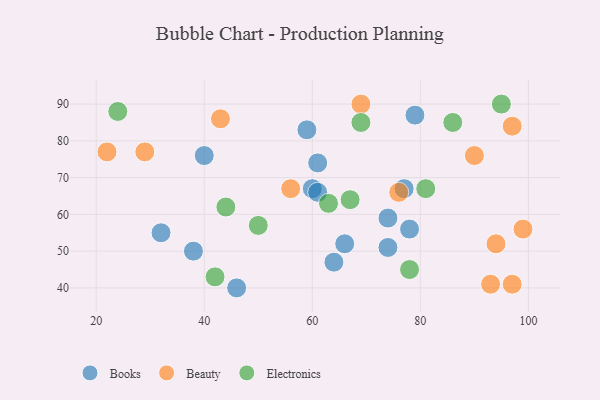
{"axis": {"x": "GDP", "y": "Life Expectancy"}, "legend": ["Beauty", "Books", "Electronics"], "data": [{"x": "60", "y": 67, "type": "Books"}, {"x": "59", "y": 83, "type": "Books"}, {"x": "61", "y": 74, "type": "Books"}, {"x": "38", "y": 50, "type": "Books"}, {"x": "46", "y": 40, "type": "Books"}, {"x": "64", "y": 47, "type": "Books"}, {"x": "74", "y": 59, "type": "Books"}, {"x": "40", "y": 76, "type": "Books"}, {"x": "32", "y": 55, "type": "Books"}, {"x": "66", "y": 52, "type": "Books"}, {"x": "79", "y": 87, "type": "Books"}, {"x": "77", "y": 67, "type": "Books"}, {"x": "61", "y": 66, "type": "Books"}, {"x": "74", "y": 51, "type": "Books"}, {"x": "78", "y": 56, "type": "Books"}, {"x": "29", "y": 77, "type": "Beauty"}, {"x": "97", "y": 41, "type": "Beauty"}, {"x": "56", "y": 67, "type": "Beauty"}, {"x": "93", "y": 41, "type": "Beauty"}, {"x": "76", "y": 66, "type": "Beauty"}, {"x": "97", "y": 84, "type": "Beauty"}, {"x": "94", "y": 52, "type": "Beauty"}, {"x": "99", "y": 56, "type": "Beauty"}, {"x": "43", "y": 86, "type": "Beauty"}, {"x": "22", "y": 77, "type": "Beauty"}, {"x": "69", "y": 90, "type": "Beauty"}, {"x": "90", "y": 76, "type": "Beauty"}, {"x": "78", "y": 45, "type": "Electronics"}, {"x": "24", "y": 88, "type": "Electronics"}, {"x": "67", "y": 64, "type": "Electronics"}, {"x": "69", "y": 85, "type": "Electronics"}, {"x": "44", "y": 62, "type": "Electronics"}, {"x": "50", "y": 57, "type": "Electronics"}, {"x": "81", "y": 67, "type": "Electronics"}, {"x": "95", "y": 90, "type": "Electronics"}, {"x": "42", "y": 43, "type": "Electronics"}, {"x": "63", "y": 63, "type": "Electronics"}, {"x": "86", "y": 85, "type": "Electronics"}]}